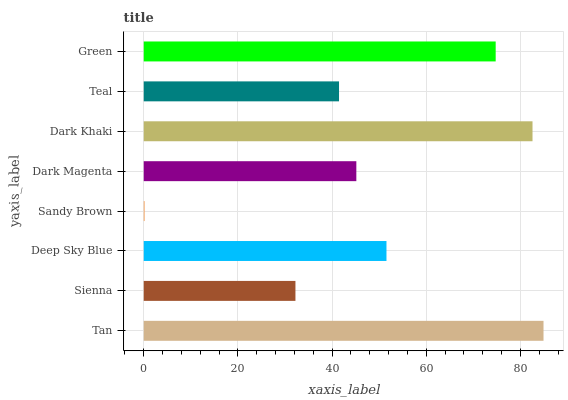
| yaxis_label | bars |
 | --- | --- |
 | Tan | 84.9 |
 | Sienna | 32.2 |
 | Deep Sky Blue | 51.6 |
 | Sandy Brown | 0.194 |
 | Dark Magenta | 45.2 |
 | Dark Khaki | 82.6 |
 | Teal | 41.5 |
 | Green | 74.8 |